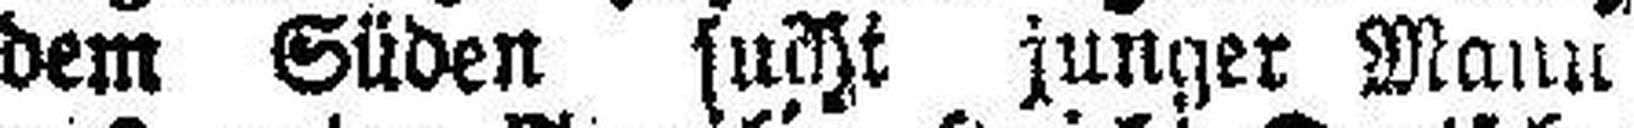
dem Süden sucht junger Mann